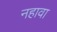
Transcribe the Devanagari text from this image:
नहावा